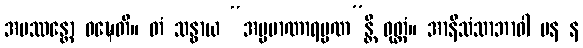
အပဿန္တော ဝဍ္ဎေတိ။ တံ သန္ဓာယ “အပ္ပမာဏာရမ္မဏ”န္တိ ဝုတ္တံ။ အာနိသံသာဘာဝါ ပန န